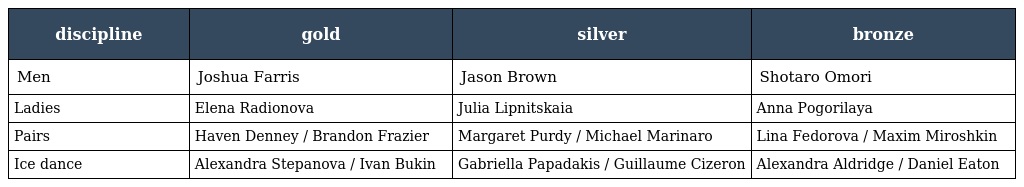
| discipline | gold | silver | bronze |
 | --- | --- | --- | --- |
 | Men | Joshua Farris | Jason Brown | Shotaro Omori |
 | Ladies | Elena Radionova | Julia Lipnitskaia | Anna Pogorilaya |
 | Pairs | Haven Denney / Brandon Frazier | Margaret Purdy / Michael Marinaro | Lina Fedorova / Maxim Miroshkin |
 | Ice dance | Alexandra Stepanova / Ivan Bukin | Gabriella Papadakis / Guillaume Cizeron | Alexandra Aldridge / Daniel Eaton |